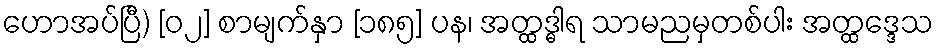
ဟောအပ်ပြီ) [၀၂] စာမျက်နှာ [၁၈၅] ပန၊ အတ္ထဒ္ဓါရ သာမညမှတစ်ပါး အတ္ထဒ္ဒေသ